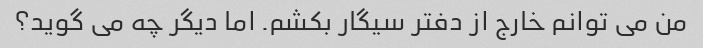
من می توانم خارج از دفتر سیگار بکشم. اما دیگر چه می گوید؟